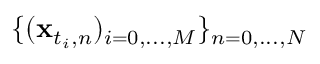
\{ ( \mathbf { x } _ { t _ { i } , n } ) _ { i = 0 , . . . , M } \} _ { n = 0 , . . . , N }